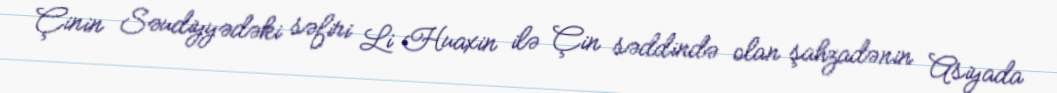
Çinin Səudiyyədəki səfiri Li Huaxin ilə Çin səddində olan şahzadənin Asiyada